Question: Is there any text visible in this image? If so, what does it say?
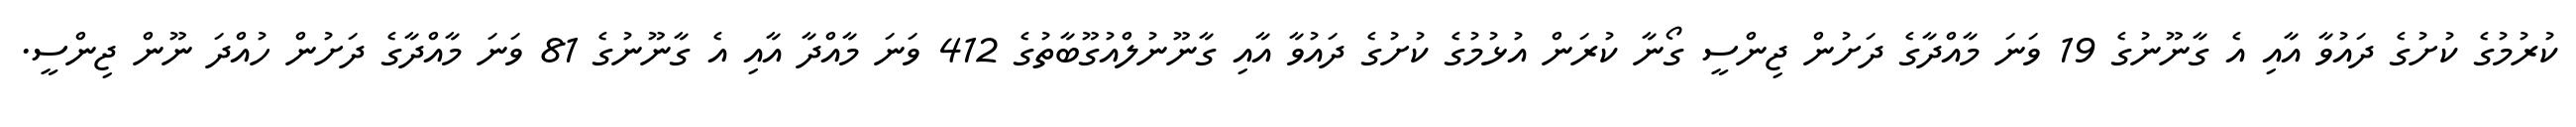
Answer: ކުރުމުގެ ކުށުގެ ދައުވާ އާއި އެ ގާނޫނުގެ 19 ވަނަ މާއްދާގެ ދަށުން ޖިންސީ ގޯނާ ކުރަން އުޅުމުގެ ކުށުގެ ދައުވާ އާއި ގާނޫނުލްއުގޫބާތުގެ 412 ވަނަ މާއްދާ އާއި އެ ގާނޫނުގެ 81 ވަނަ މާއްދާގެ ދަށުން ހުއްދަ ނޫން ޖިންސީ.